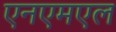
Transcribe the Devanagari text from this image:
एनएमएल